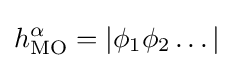
h_{\text{MO}}^{\alpha }=|\phi _{1}\phi _{2}\dots |